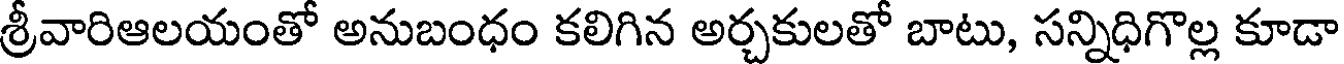
శ్రీవారిఆలయంతో అనుబంధం కలిగిన అర్చకులతో బాటు, సన్నిధిగొల్ల కూడా